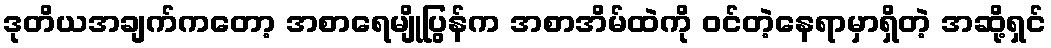
ဒုတိယအချက်ကတော့ အစာရေမျိုပြွန်က အစာအိမ်ထဲကို ဝင်တဲ့နေရာမှာရှိတဲ့ အဆို့ရှင်